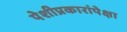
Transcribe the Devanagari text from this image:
पेशीप्रकारांपेक्षा